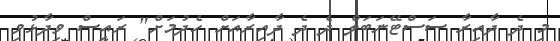
މި ދެ ދާއިރާ ސަސްޓޭނަބަލް ދެ ދެ ދާއިރާއަށް ހެދުމަށް" ރައީސް ވިދާޅުވި